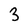
Character: 3